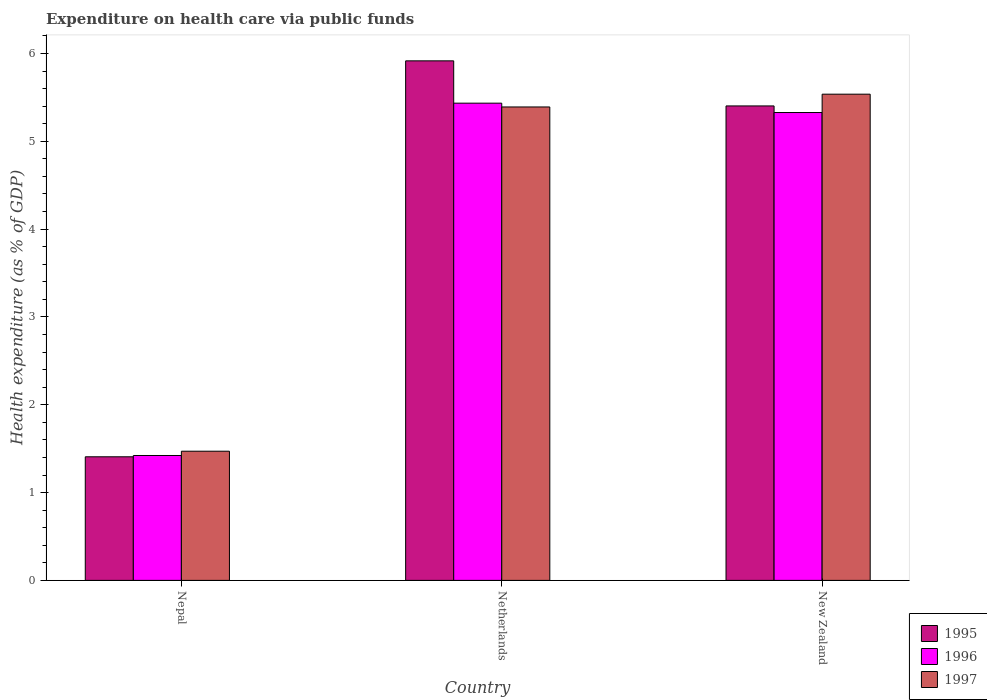
| Country | 1995 | 1996 | 1997 |
 | --- | --- | --- | --- |
 | Nepal | 1.41 | 1.42 | 1.47 |
 | Netherlands | 5.92 | 5.43 | 5.39 |
 | New Zealand | 5.4 | 5.33 | 5.54 |